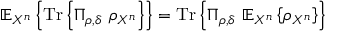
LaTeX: \mathbb { E } _ { X ^ { n } } \left\{ { \mathrm { T r } } \left\{ \Pi _ { \rho , \delta } \ \rho _ { X ^ { n } } \right\} \right\} = { \mathrm { T r } } \left\{ \Pi _ { \rho , \delta } \ \mathbb { E } _ { X ^ { n } } \left\{ \rho _ { X ^ { n } } \right\} \right\}